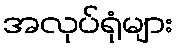
အလုပ်ရုံများ